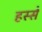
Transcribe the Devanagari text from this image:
हस्से